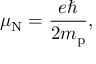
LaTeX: \mu _ { \mathrm { N } } = { \frac { e \hbar } { 2 m _ { \mathrm { p } } } } ,